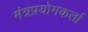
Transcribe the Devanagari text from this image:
मंत्रप्रयोगकर्ता